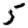
Digit: 5